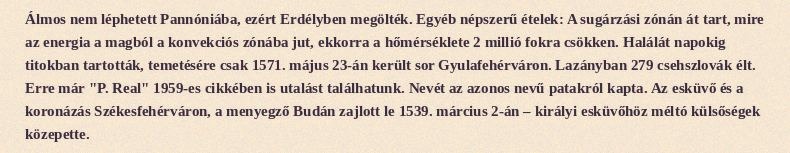
Álmos nem léphetett Pannóniába, ezért Erdélyben megölték. Egyéb népszerű ételek: A sugárzási zónán át tart, mire az energia a magból a konvekciós zónába jut, ekkorra a hőmérséklete 2 millió fokra csökken. Halálát napokig titokban tartották, temetésére csak 1571. május 23-án került sor Gyulafehérváron. Lazányban 279 csehszlovák élt. Erre már "P. Real" 1959-es cikkében is utalást találhatunk. Nevét az azonos nevű patakról kapta. Az esküvő és a koronázás Székesfehérváron, a menyegző Budán zajlott le 1539. március 2-án – királyi esküvőhöz méltó külsőségek közepette.